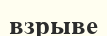
взрыве